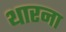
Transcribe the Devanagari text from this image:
थारना